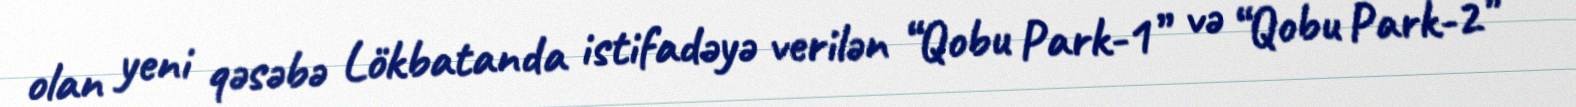
olan yeni qəsəbə Lökbatanda istifadəyə verilən “Qobu Park-1” və “Qobu Park-2”